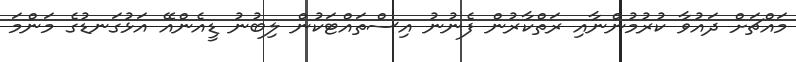
މައްޗަށް ދައުވާ ކުރުމުންނާއި ރަތްކާރުން ފެނުނު އިސްތައްޓަކުން ލިބުނު ޑީއެންއޭ އަޅުގަނޑުގެ މަންމަ